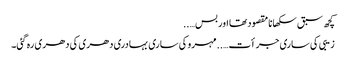
کچھ سبق سکھانا مقصود تھا اور بس…..
زیبی کی ساری جرأت…..مہرو کی ساری بہادری دھری کی دھری رہ گئی۔